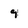
Character: 9